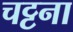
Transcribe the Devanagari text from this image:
चट्टना